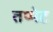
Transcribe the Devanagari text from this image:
तप्पेट